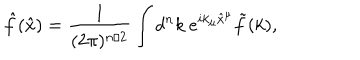
\hat { f } ( \hat { x } ) = \frac { 1 } { ( 2 \pi ) ^ { n / 2 } } \int d ^ { n } k ~ e ^ { i k _ { \mu } \hat { x } ^ { \mu } } \tilde { f } ( k ) ,